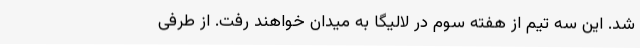
شد. این سه تیم از هفته سوم در لالیگا به میدان خواهند رفت‌. از طرفی